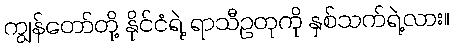
ကျွန်တော်တို့ နိုင်ငံရဲ့ ရာသီဥတုကို နှစ်သက်ရဲ့လား။